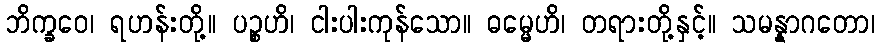
ဘိက္ခဝေ၊ ရဟန်းတို့။ ပဉ္စဟိ၊ ငါးပါးကုန်သော။ ဓမ္မေဟိ၊ တရားတို့နှင့်။ သမန္နာဂတော၊